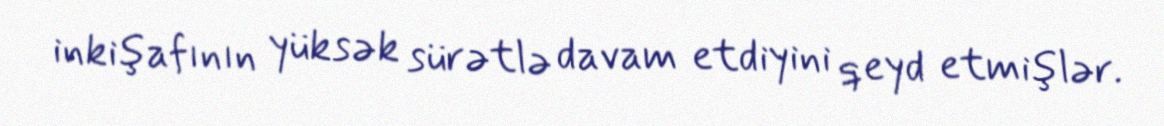
inkişafının yüksək sürətlə davam etdiyini qeyd etmişlər.